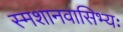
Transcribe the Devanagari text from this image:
स्मशानवासिभ्यः